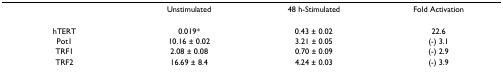
<table><thead><tr><td></td><td><b>Unstimulated</b></td><td><b>48 h-Stimulated</b></td><td><b>Fold Activation</b></td></tr></thead><tbody><tr><td>hTERT</td><td>0.019*</td><td>0.43 ± 0.02</td><td>22.6</td></tr><tr><td>Pot1</td><td>10.16 ± 0.02</td><td>3.21 ± 0.05</td><td>(-) 3.1</td></tr><tr><td>TRF1</td><td>2.08 ± 0.08</td><td>0.70 ± 0.09</td><td>(-) 2.9</td></tr><tr><td>TRF2</td><td>16.69 ± 8.4</td><td>4.24 ± 0.03</td><td>(-) 3.9</td></tr></tbody></table>